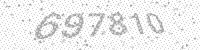
Solution: 697810